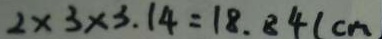
2 \times 3 \times 3 . 1 4 = 1 8 . 8 4 ( c m